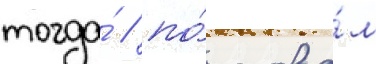
тогда́ / по́ слова́м